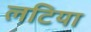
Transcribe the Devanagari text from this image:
लटिया